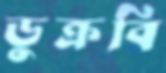
ডুক্‌রবি